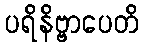
ပရိနိဗ္ဗာပေတိ